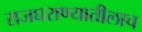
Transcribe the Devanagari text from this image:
राजघराण्यातीलाच